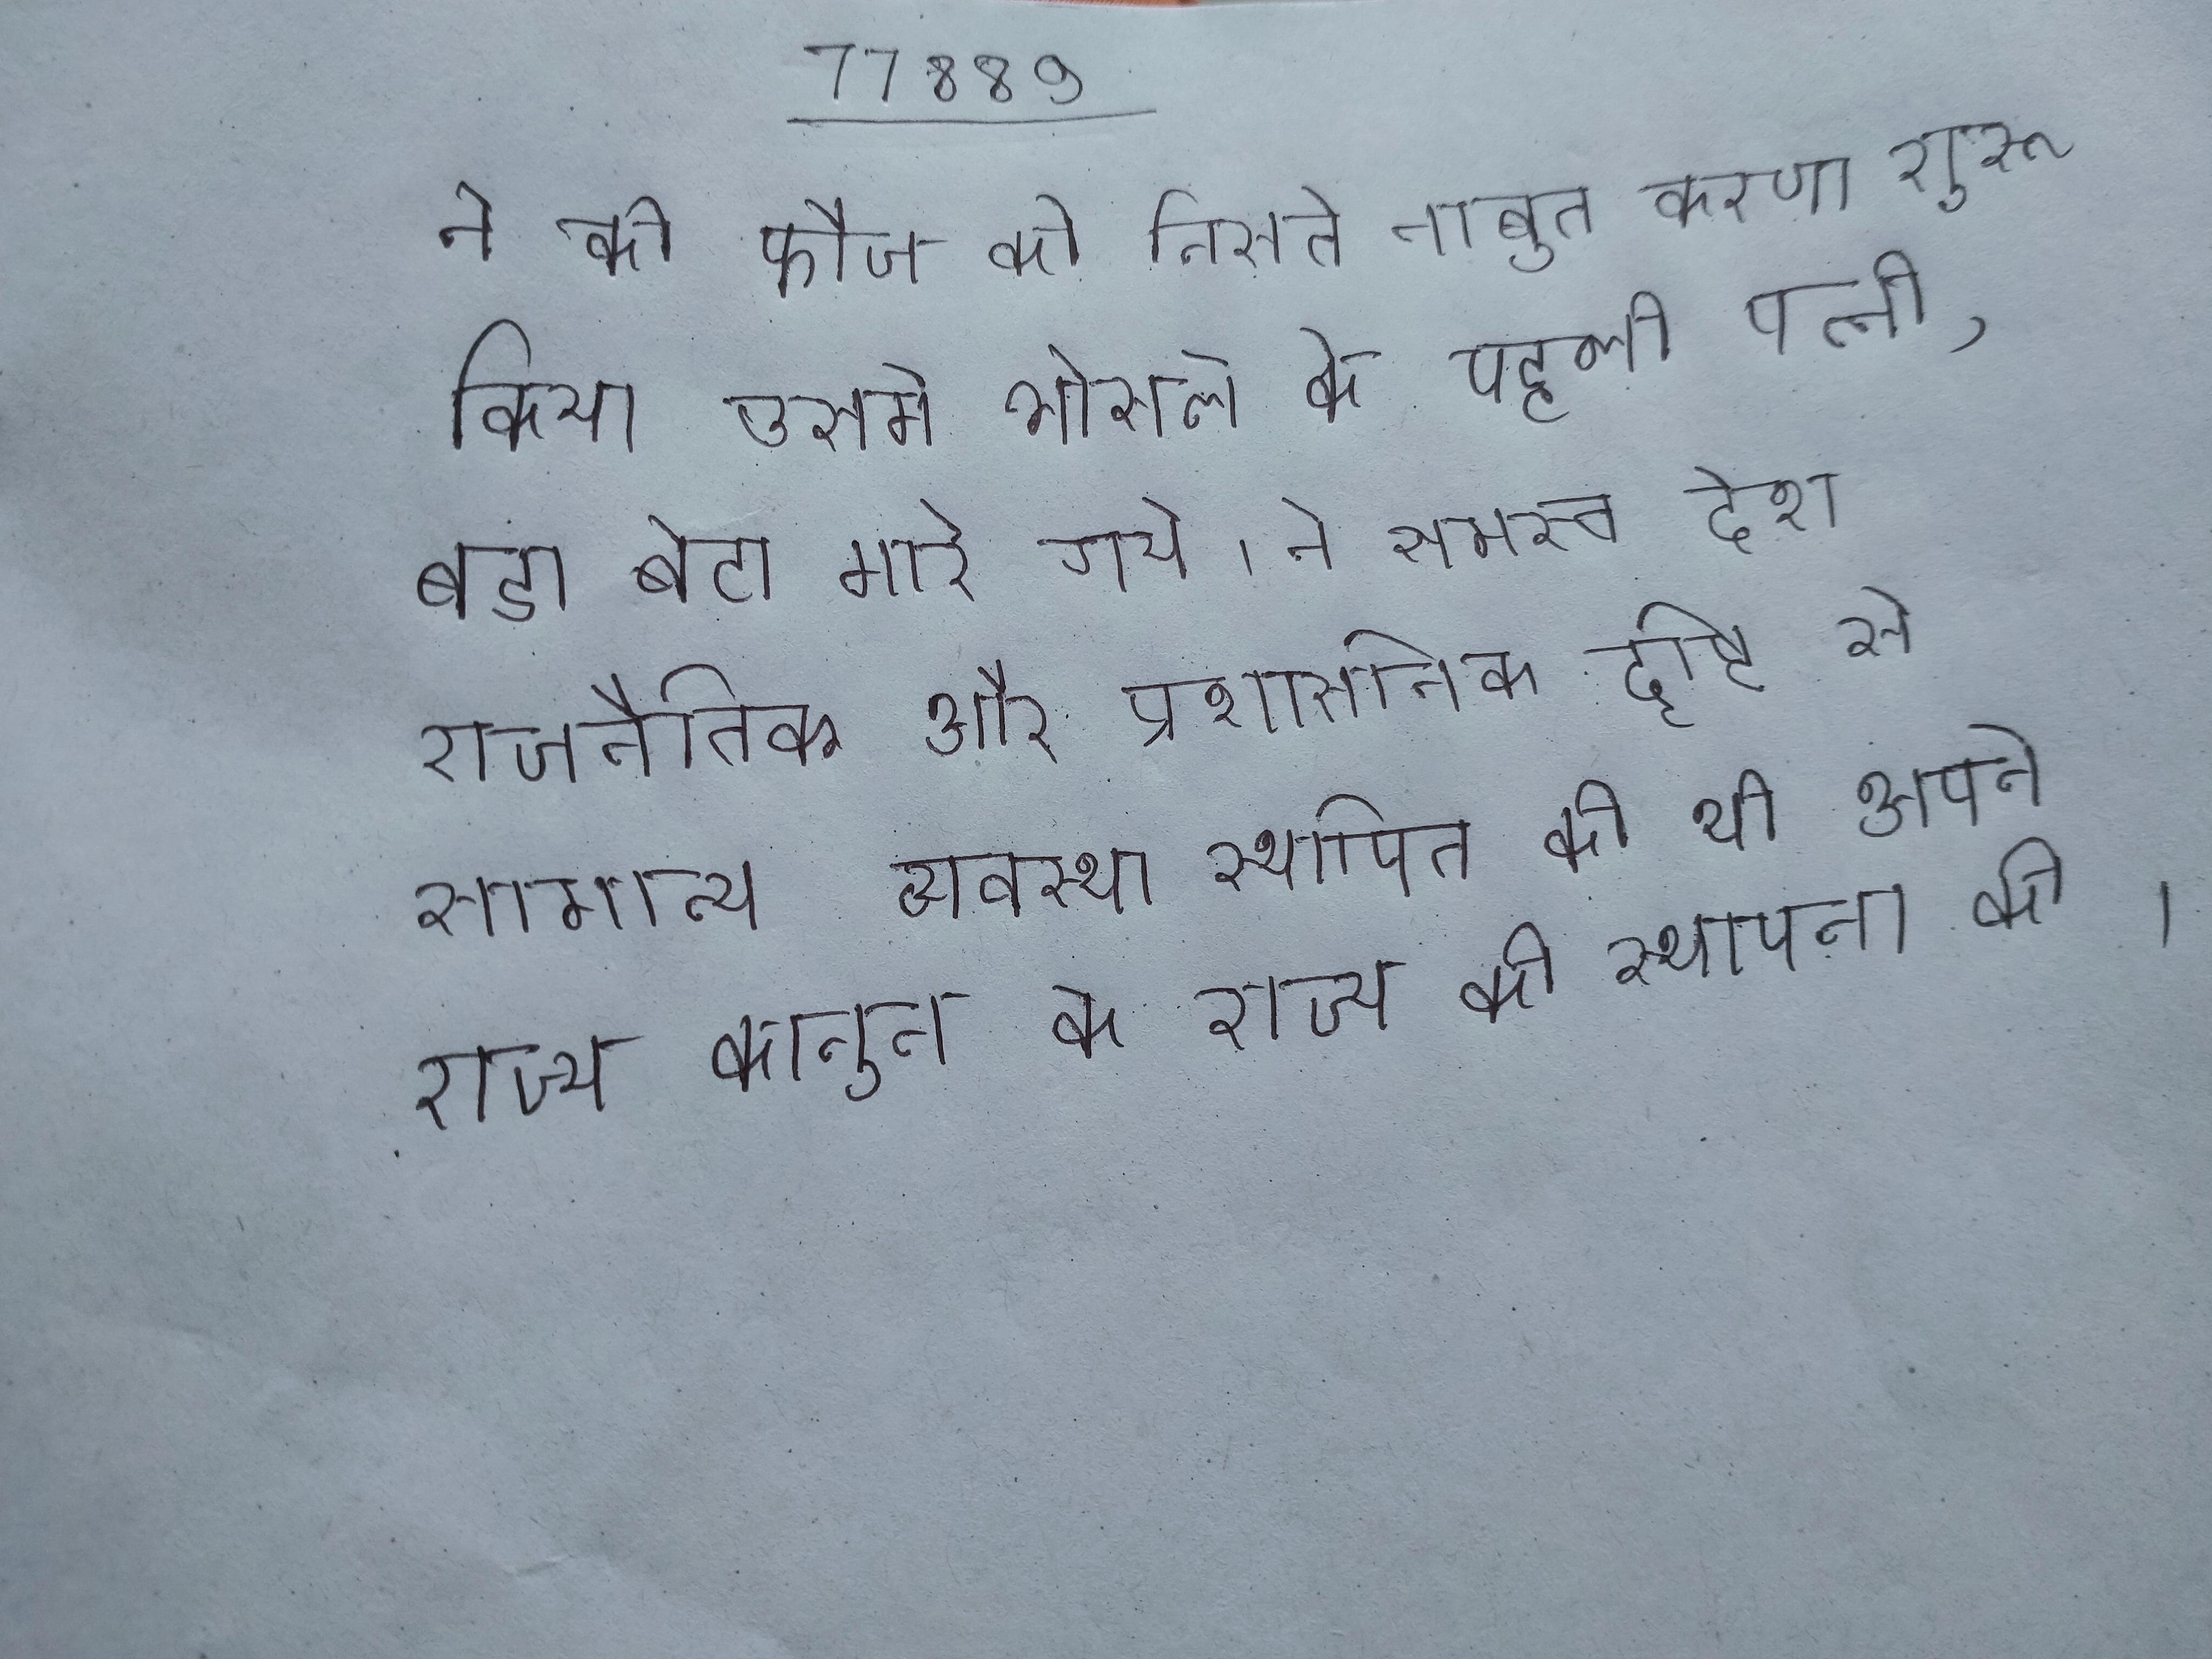
ने की फौज को निसते नाबुत करणा शुरू किया उसमे भोसले की पहली पत्नी, बडा बेटा मारे गये । ने समस्त देश राजनैतिक और प्रशासनिक दृष्टि से सामान्य व्यवस्था स्थापित की थी अपने राज्य कानून के राज्य की स्थापना की ।